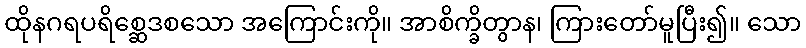
ထိုနဂရပရိစ္ဆေဒစသော အကြောင်းကို။ အာစိက္ခိတွာန၊ ကြားတော်မူပြီး၍။ သော